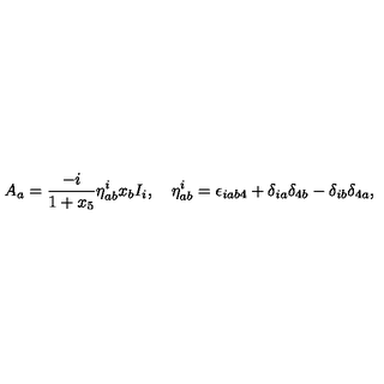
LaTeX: A _ { a } = \frac { - i } { 1 + x _ { 5 } } \eta _ { a b } ^ { i } x _ { b } I _ { i } , \quad \eta _ { a b } ^ { i } = \epsilon _ { i a b 4 } + \delta _ { i a } \delta _ { 4 b } - \delta _ { i b } \delta _ { 4 a } ,